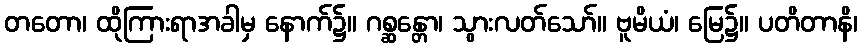
တတော၊ ထိုကြားရာအခါမှ နောက်၌။ ဂစ္ဆန္တော၊ သွားလတ်သော်။ ဗူမိယံ၊ မြေ၌။ ပတိတာနိ၊